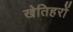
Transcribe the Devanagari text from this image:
खेतिहरों